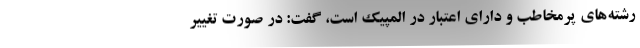
رشته‌های پرمخاطب و دارای اعتبار در المپیک است، گفت: در صورت تغییر